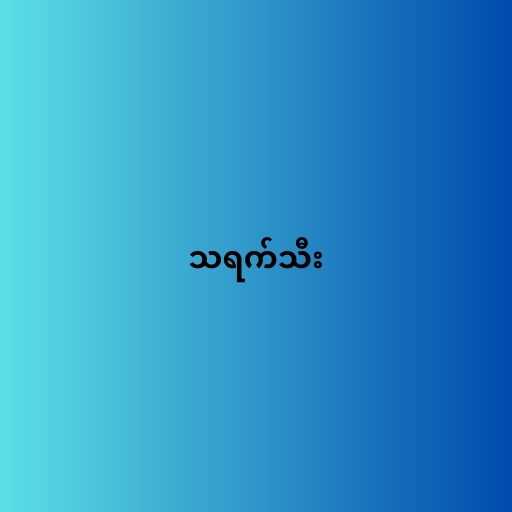
သရက်သီး